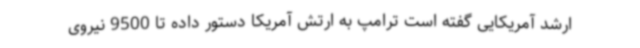
ارشد آمریکایی گفته است ترامپ به ارتش آمریکا دستور داده تا 9500 نیروی